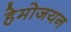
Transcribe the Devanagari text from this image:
हेमोजयन